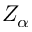
Z _ { \alpha }